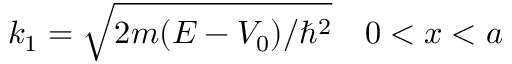
k _ { 1 } = { \sqrt { 2 m ( E - V _ { 0 } ) / \hbar ^ { 2 } } } \quad 0 < x < a